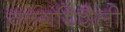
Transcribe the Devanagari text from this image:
वत्तगंधिशैली